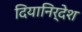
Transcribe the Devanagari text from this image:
दियानिर्देश